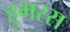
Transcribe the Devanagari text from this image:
हुमरस